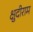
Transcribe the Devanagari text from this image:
क्षुदीराम